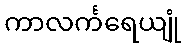
ကာလင်္ကရေယျုံ